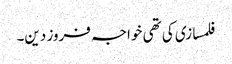
فلمسازی کی تھی خواجہ فروز دین۔